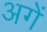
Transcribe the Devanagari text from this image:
अगें